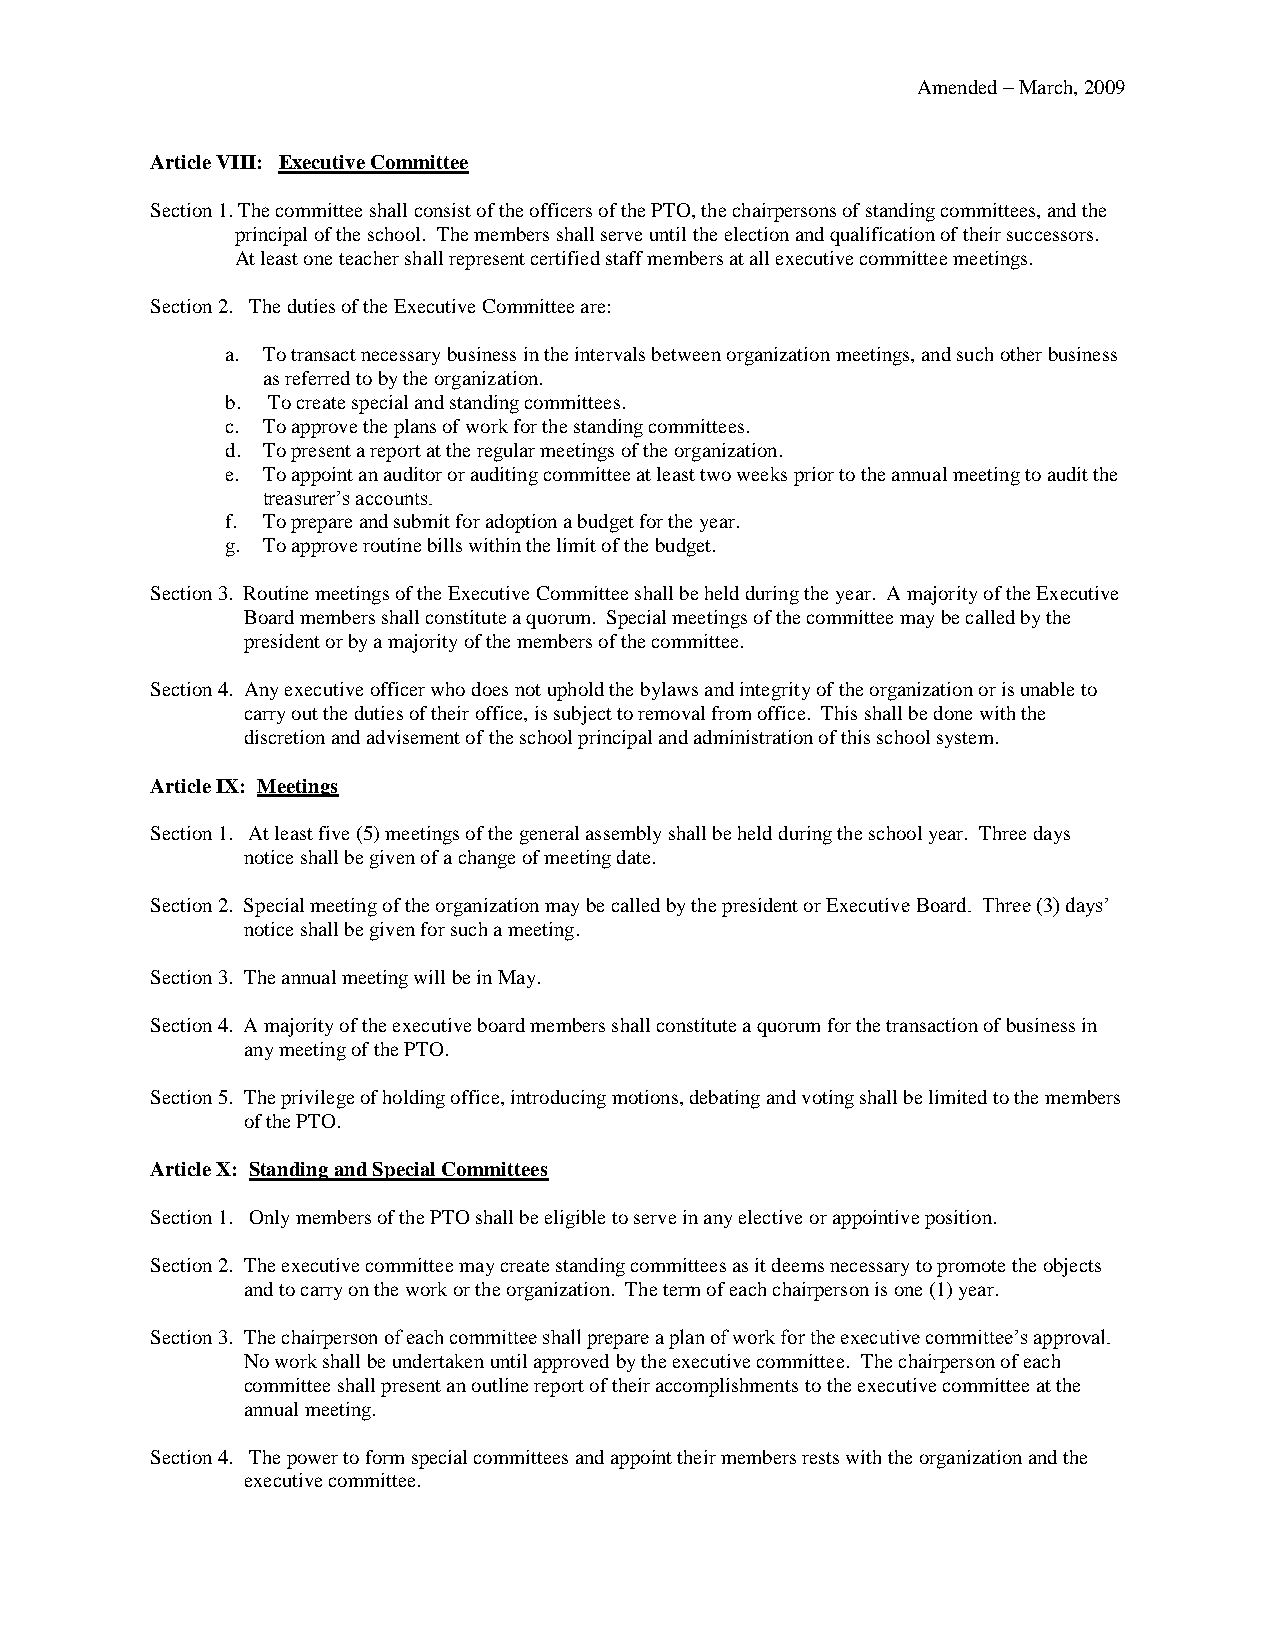
Amended – March, 2009
 Article VIII: Executive Committee
 Section 1. The committee shall consist of the officers of the PTO, the chairpersons of standing committees, and the
 principal of the school. The members shall serve until the election and qualification of their successors.
 At least one teacher shall represent certified staff members at all executive committee meetings.
 Section 2. The duties of the Executive Committee are:
 a. To transact necessary business in the intervals between organization meetings, and such other business
 as referred to by the organization.
 b. To create special and standing committees.
 c. To approve the plans of work for the standing committees.
 d. To present a report at the regular meetings of the organization.
 e. To appoint an auditor or auditing committee at least two weeks prior to the annual meeting to audit the
 treasurer’s accounts.
 f. To prepare and submit for adoption a budget for the year.
 g. To approve routine bills within the limit of the budget.
 Section 3. Routine meetings of the Executive Committee shall be held during the year. A majority of the Executive
 Board members shall constitute a quorum. Special meetings of the committee may be called by the
 president or by a majority of the members of the committee.
 Section 4. Any executive officer who does not uphold the bylaws and integrity of the organization or is unable to
 carry out the duties of their office, is subject to removal from office. This shall be done with the
 discretion and advisement of the school principal and administration of this school system.
 Article IX: Meetings
 Section 1. At least five (5) meetings of the general assembly shall be held during the school year. Three days
 notice shall be given of a change of meeting date.
 Section 2. Special meeting of the organization may be called by the president or Executive Board. Three (3) days’
 notice shall be given for such a meeting.
 Section 3. The annual meeting will be in May.
 Section 4. A majority of the executive board members shall constitute a quorum for the transaction of business in
 any meeting of the PTO.
 Section 5. The privilege of holding office, introducing motions, debating and voting shall be limited to the members
 of the PTO.
 Article X: Standing and Special Committees
 Section 1. Only members of the PTO shall be eligible to serve in any elective or appointive position.
 Section 2. The executive committee may create standing committees as it deems necessary to promote the objects
 and to carry on the work or the organization. The term of each chairperson is one (1) year.
 Section 3. The chairperson of each committee shall prepare a plan of work for the executive committee’s approval.
 No work shall be undertaken until approved by the executive committee. The chairperson of each
 committee shall present an outline report of their accomplishments to the executive committee at the
 annual meeting.
 Section 4. The power to form special committees and appoint their members rests with the organization and the
 executive committee.